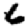
Digit: 6